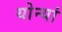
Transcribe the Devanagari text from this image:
योन्यां